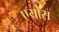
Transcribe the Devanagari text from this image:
एयोस